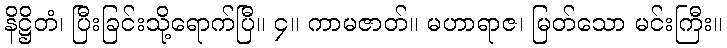
နိဋ္ဌိတံ၊ ပြီးခြင်းသို့ရောက်ပြီ။ ၄။ ကာမဇာတ်။ မဟာရာဇ၊ မြတ်သော မင်းကြီး။